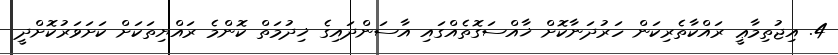
4. އިޖުތިމާޢީ ރައްކާތެރިކަން ހަރުދަނާކޮށް ޚާއްސަގޮތެއްގައި އާސަންދައިގެ ޚިދުމަތް ކޮންމެ ރައްޔިތަކަށް ކަށަވަރުކޮށްދީ